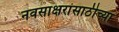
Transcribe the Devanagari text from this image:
नवसाक्षरांसाठीच्या